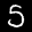
Label: 5